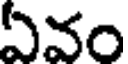
ఏవం